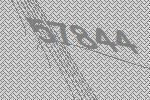
57844